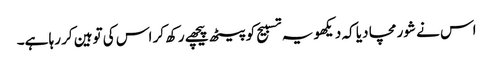
اس نے شور مچا دیا کہ دیکھو یہ تسبیح کو پیٹھ پیچھے رکھ کر اس کی توہین کر رہا ہے۔